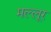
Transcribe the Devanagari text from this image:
मल्लूर